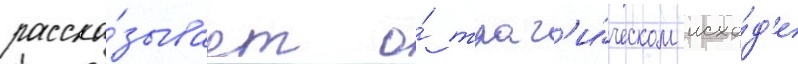
расска́зывает о́ траг'и́ческом исхо́д'е